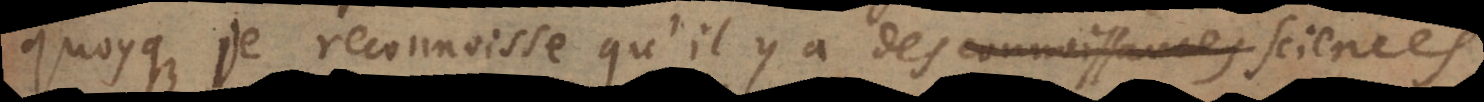
quoyque je reconnoisse qu’il y a des connoissances sciences